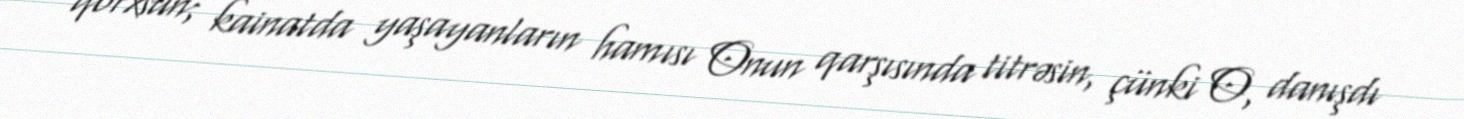
qorxsun; kainatda yaşayanların hamısı Onun qarşısında titrəsin, çünki O, danışdı